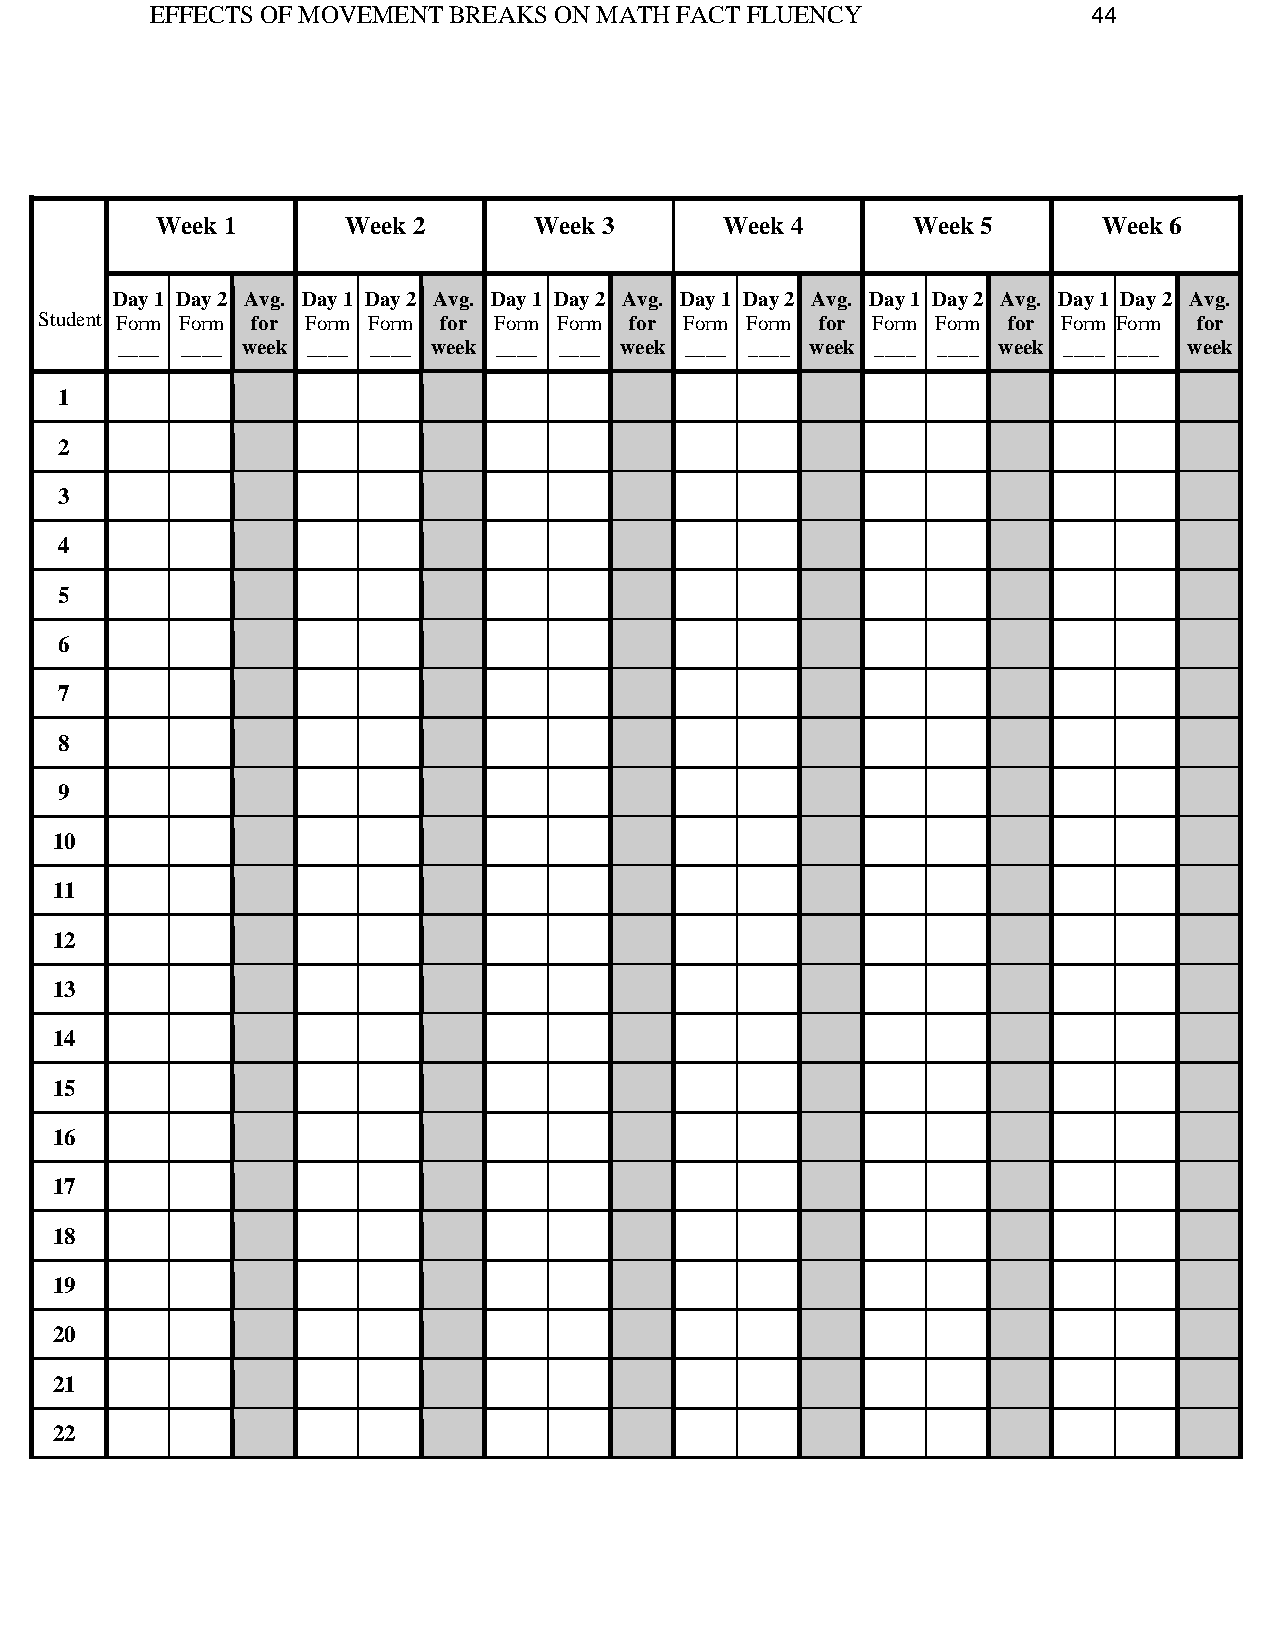
EFFECTS OF MOVEMENT BREAKS ON MATH FACT FLUENCY               44
 Week 1       Week 2      Week 3       Week 4      Week 5       Week 6
 Day 1 Day 2 Avg. Day 1 Day 2 Avg. Day 1 Day 2 Avg. Day 1 Day 2 Avg. Day 1 Day 2 Avg. Day 1 Day 2 Avg.
 Student Form Form for Form Form for Form Form for Form Form for Form Form for Form Form for
 ____ ____ week ____ ____ week ____ ____ week ____ ____ week ____ ____ week ____ ____ week
 1
 2
 3
 4
 5
 6
 7
 8
 9
 10
 11
 12
 13
 14
 15
 16
 17
 18
 19
 20
 21
 22